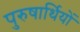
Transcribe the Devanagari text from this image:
पुरुषार्थियों